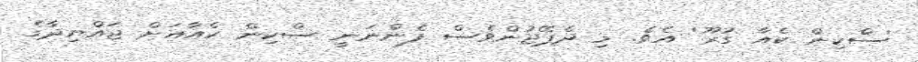
'ސްކިން ކެއާ ގުރޫ' އެވެ. މި ދެޕޭޖުންވެސް ފެންނަނީ ސްކިން ކެއާއަށް ޖައްޔިދާގެ